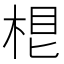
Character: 𣒨